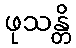
ဖုသန္တိ